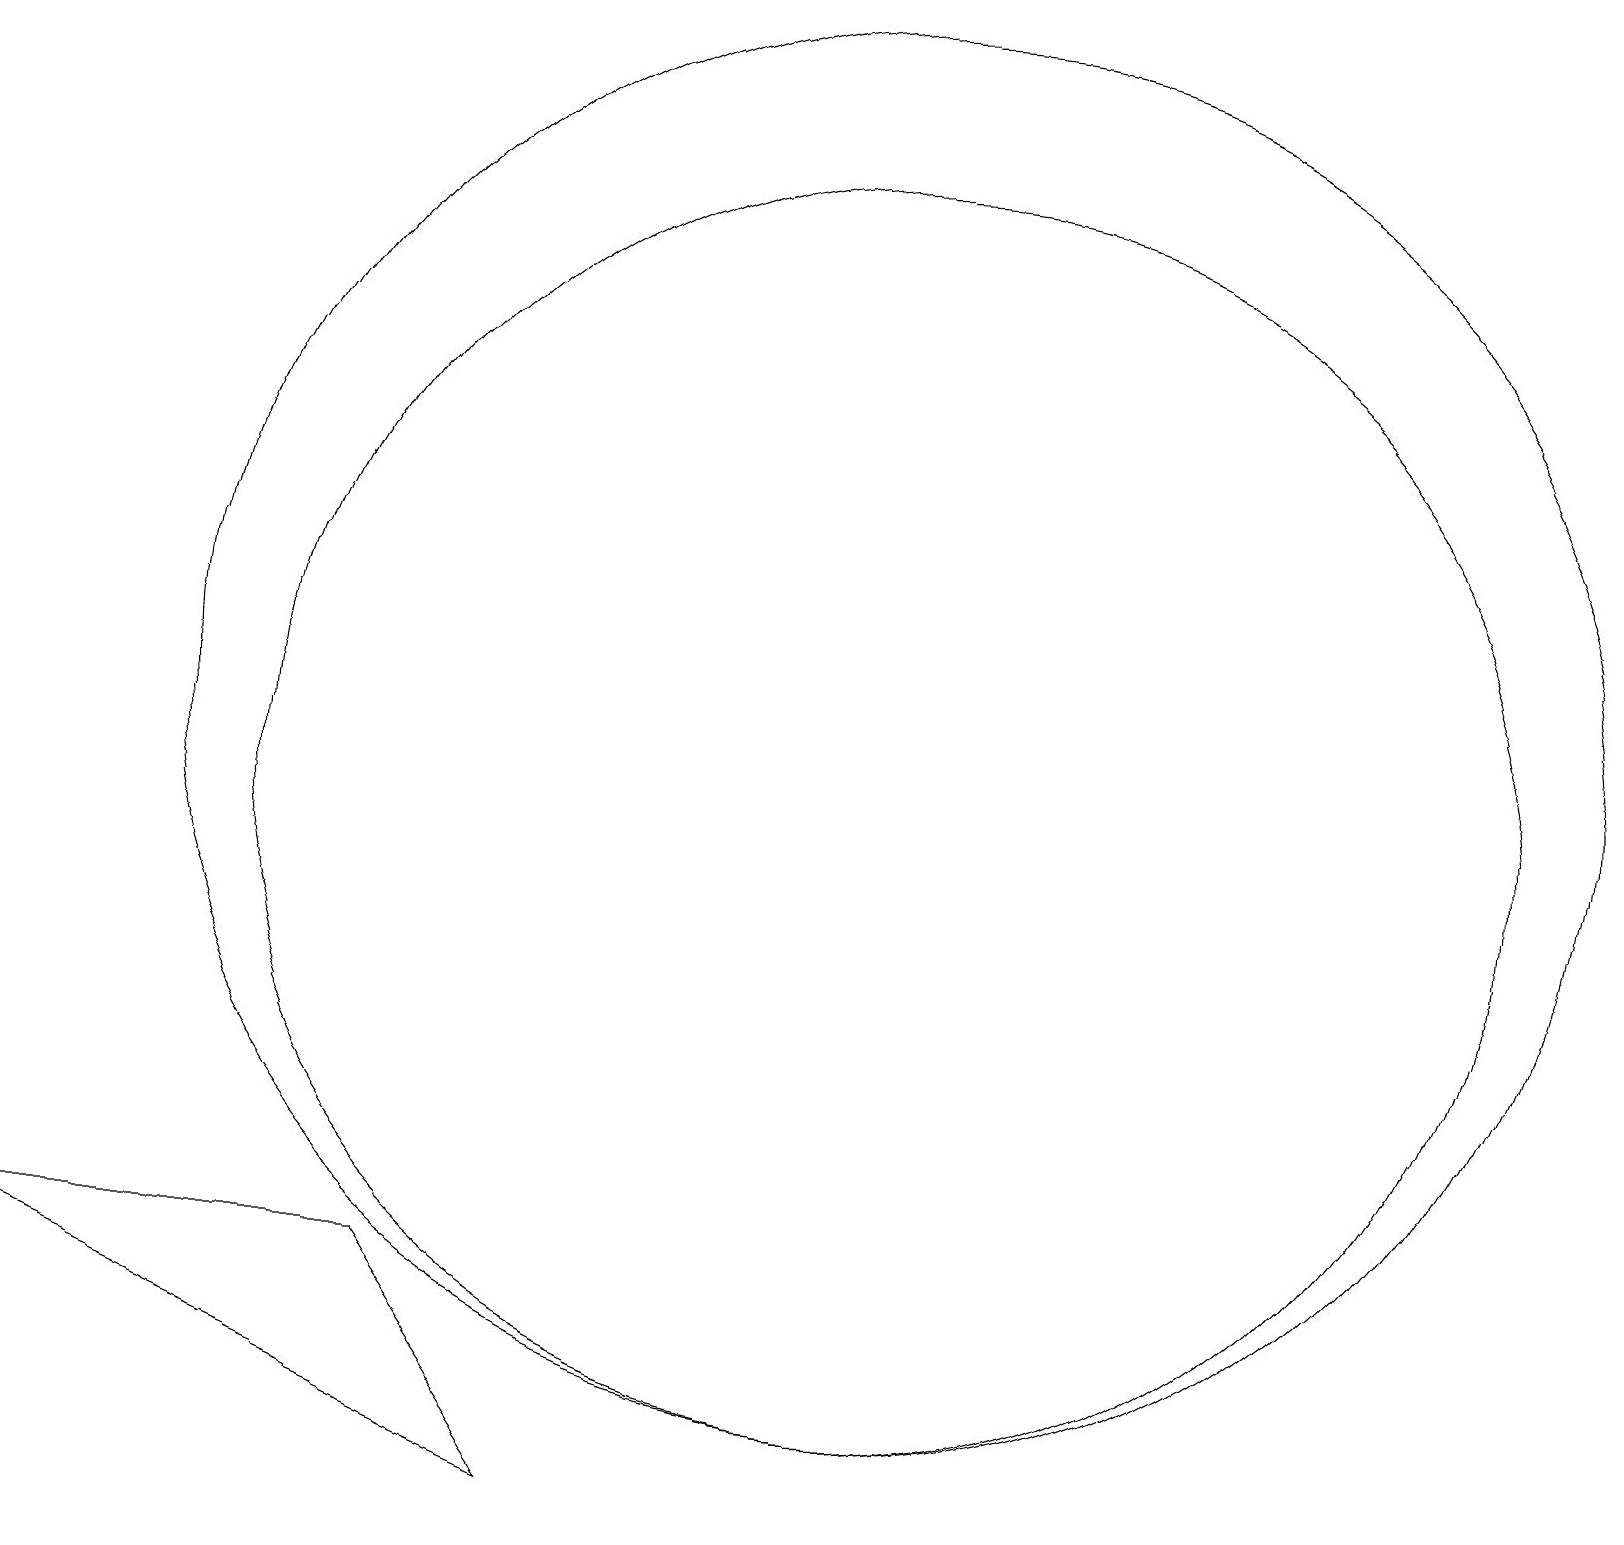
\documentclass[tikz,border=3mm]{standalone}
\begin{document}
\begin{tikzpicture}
\draw (11,12) circle (9);
\draw (11,11) circle (8);
\draw (7,2) -- (0,5) -- (5,5) -- cycle;
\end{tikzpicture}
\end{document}